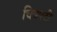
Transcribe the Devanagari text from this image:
चित्रपटी